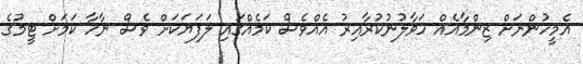
އެމީހުންނަށް ޒިންމާއެއް ހަވާލުނުކުރާއިރު އެއްވެސް ކަމެއްގައި ލަފަޔަކަށް ވެސް ނާހާ ކަމަށް ޓީމުގެ